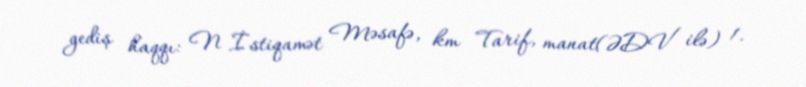
gediş haqqı: N İstiqamət Məsafə, km Tarif, manat(ƏDV ilə) 1.